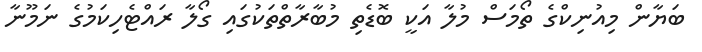
ބަޔާން މިއުނިކްގެ ތޯމަސް މުލާ އަކީ ބޮޑެތި މުބާރާތްތަކުގައި ގޯލާ ރައްޓެހިކަމުގެ ނަމޫނާ